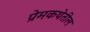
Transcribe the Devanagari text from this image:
प्रेमकथेतील